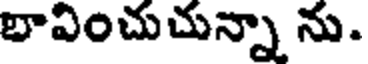
బావించుచున్నా ను.